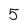
Character: 5